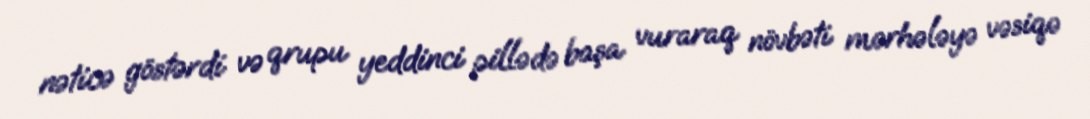
nəticə göstərdi və qrupu yeddinci pillədə başa vuraraq növbəti mərhələyə vəsiqə